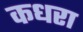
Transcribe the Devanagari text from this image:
कधरा